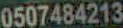
0507484213